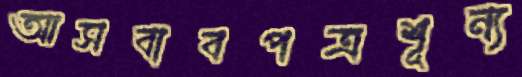
আসবাবপত্রশূন্য